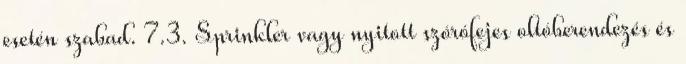
esetén szabad. 7.3. Sprinkler vagy nyitott szórófejes oltóberendezés és